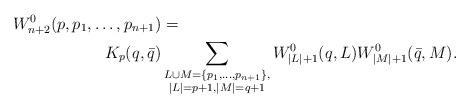
LaTeX: \begin{align*} W_{n+2}^0(p,p_1,\dots,p_{n+1})&=\\ K_p(q,\bar{q})&\sum_{\substack{L\cup M=\{p_1,\dots,p_{n+1}\},\\|L|=p+1,|M|=q+1}} W^0_{|L|+1}(q,L)W^{0}_{|M|+1}(\bar{q},M). \end{align*}